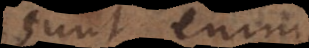
Sunt enim